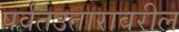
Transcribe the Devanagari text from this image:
पर्वतउतारावरील